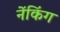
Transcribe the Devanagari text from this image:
नेंकिंग